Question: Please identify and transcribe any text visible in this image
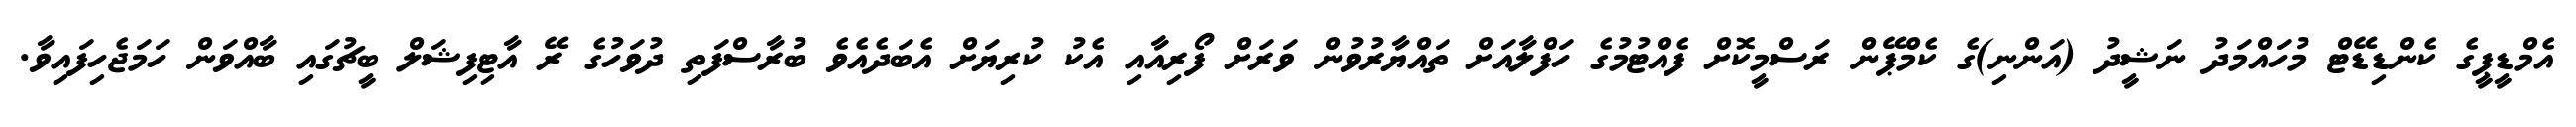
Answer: އެމްޑީޕީގެ ކެންޑިޑޭޓް މުހައްމަދު ނަޝީދު (އަންނި)ގެ ކެމްޕޭން ރަސްމީކޮށް ފެއްޓުމުގެ ހަފްލާއަށް ތައްޔާރުވުން ވަރަށް ފޯރިއާއި އެކު ކުރިޔަށް އެބަދެއެވެ ބުރާސްފަތި ދުވަހުގެ ރޭ އާޓިފިޝަލް ބީޗުގައި ބާއްވަން ހަމަޖެހިފައިވާ.